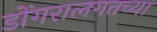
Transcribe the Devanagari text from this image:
डोंगरालगतच्या